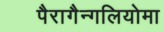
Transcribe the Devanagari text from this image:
पैरागैन्गलियोमा